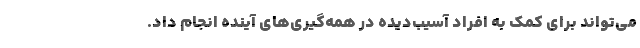
می‌تواند برای کمک به افراد آسیب‌دیده در همه‌گیری‌های آینده انجام داد.